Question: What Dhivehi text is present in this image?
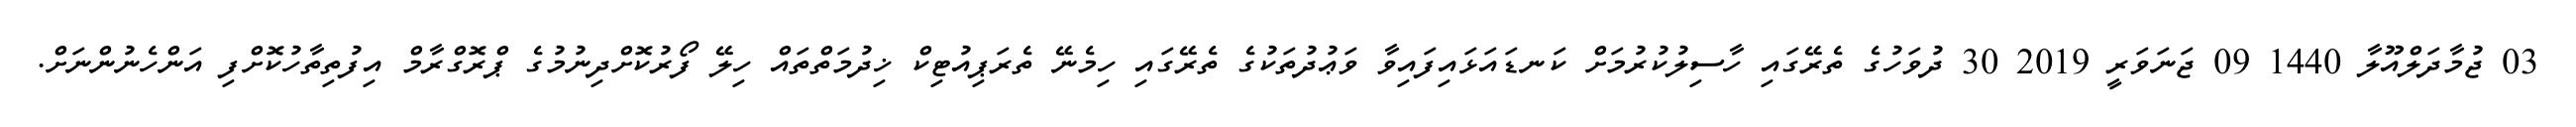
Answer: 03 ޖުމާދަލްއޫލާ 1440 09 ޖަނަވަރީ 2019 30 ދުވަހުގެ ތެރޭގައި ހާސިލުކުރުމަށް ކަނޑައަޅައިފައިވާ ވަޢުދުތަކުގެ ތެރޭގައި ހިމެނޭ ތެރަޕިއުޓިކް ޚިދުމަތްތައް ހިލޭ ފޯރުކޮށްދިނުމުގެ ޕްރޮގްރާމް އިފުތިތާހުކޮށްފި އަންހެނުންނަށް.